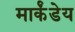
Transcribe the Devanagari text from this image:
मार्कंंडेय